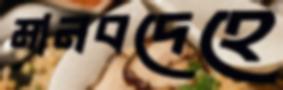
মানবদেহে